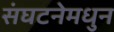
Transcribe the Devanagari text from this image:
संघटनेमधुन